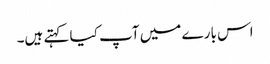
اس بارے میں آپ کیا کہتے ہیں۔